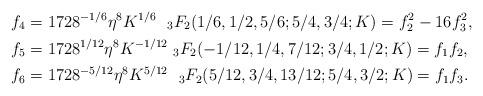
LaTeX: \begin{align*}f_4&=1728^{-1/6}\eta^{8}K^{1/6}\ \ _{3}F_2(1/6, 1/2, 5/6; 5/4, 3/4; K) = f_2^2 - 16f_3^2,\\f_5&=1728^{1/12}\eta^{8}K^{-1/12}\ _{3}F_2(-1/12, 1/4, 7/12; 3/4, 1/2; K)= f_1f_2,\\f_6&=1728^{-5/12}\eta^{8}K^{5/12}\ \ _{3}F_2(5/12, 3/4, 13/12; 5/4, 3/2; K) = f_1f_3.\end{align*}